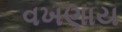
વખણાય